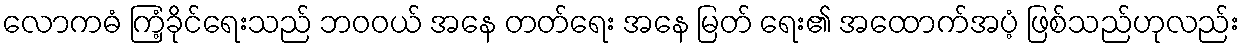
လောကဓံ ကြံ့ခိုင်ရေးသည် ဘဝဝယ် အနေ တတ်ရေး အနေ မြတ် ရေး၏ အထောက်အပံ့ ဖြစ်သည်ဟုလည်း